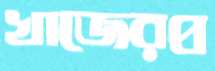
খাজেরপ্র